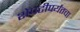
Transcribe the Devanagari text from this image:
शेपटीपर्यंतचा